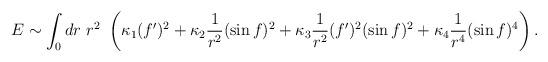
LaTeX: \begin{align*}E \sim \int_0 dr ~r^2~ \left( \kappa_1 (f^\prime)^2 +\kappa_2 \frac{1}{r^2} (\sin f)^2 + \kappa_3 \frac{1}{r^2} (f^\prime)^2 (\sin f)^2 +\kappa_4 \frac{1}{r^4} (\sin f)^4 \right).\end{align*}